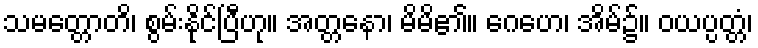
သမတ္တောတိ၊ စွမ်းနိုင်ပြီဟု။ အတ္တနော၊ မိမိ၏။ ဂေဟေ၊ အိမ်၌။ ဝယပ္ပတ္တံ၊